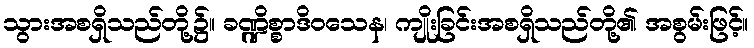
သွားအစရှိသည်တို့၌။ ခဏ္ဍိစ္စာဒိဝသေန၊ ကျိုးခြင်းအစရှိသည်တို့၏ အစွမ်းဖြင့်။